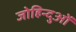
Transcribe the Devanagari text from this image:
जोहिन्दुओं